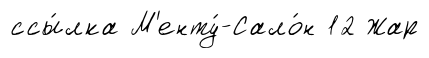
ссы́лка М'енту́-Сало́н 12 Жар